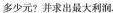
多少元?并求出最大利润。